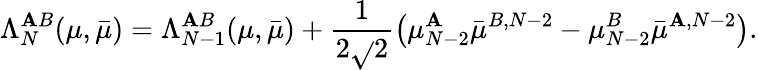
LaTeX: \Lambda_{N}^{\mathbf{A}B}(\mu,\bar{{\mu}})=\Lambda_{N-1}^{\mathbf{A}B}(\mu,\bar{{\mu}})+\frac{{1}}{{2\sqrt{}{{2}}}}\left(\mu_{N-2}^{\mathbf{A}}\bar{{\mu}}^{B,N-2}-\mu_{N-2}^{B}\bar{{\mu}}^{\mathbf{A},N-2}\right).